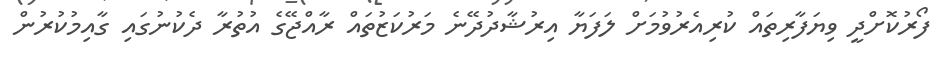
ފޯރުކޮށްދީ ވިޔަފާރިތައް ކުރިއެރުވުމަށް ލަފަޔާ އިރުޝާދުދޭނެ މަރުކަޒުތައް ރާއްޖޭގެ އުތުރާ ދެކުނުގައި ގާއިމުކުރުން